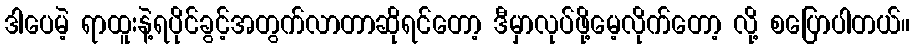
ဒါပေမဲ့ ရာထူးနဲ့ရပိုင်ခွင့်အတွက်လာတာဆိုရင်တော့ ဒီမှာလုပ်ဖို့မေ့လိုက်တော့ လို့ စပြောပါတယ်။